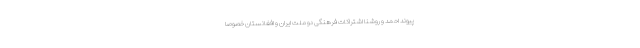
پیوند احمد و روشنا اشتراکات فرهنگی دو ملت ایران و افغانستان خصوصا